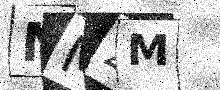
Text: NMZM